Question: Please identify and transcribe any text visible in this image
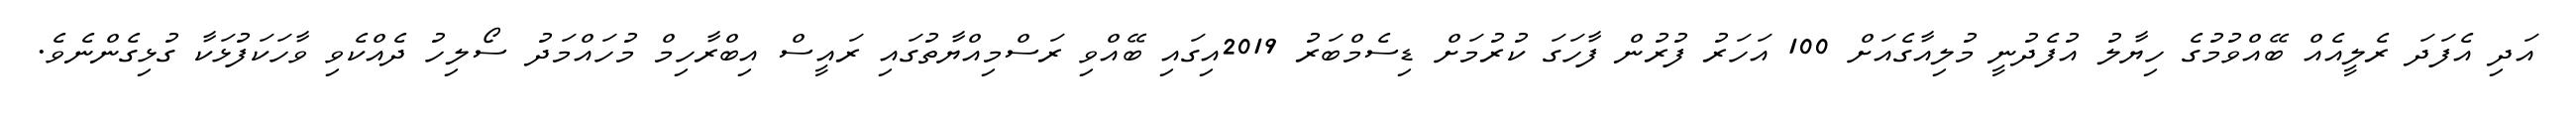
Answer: އަދި އެފަދަ ރެލީއެއް ބޭއްވުމުގެ ހިޔާލު އުފެދުނީ މުލިއާގެއަށް 100 އަހަރު ފުރުން ފާހަގަ ކުރުމަށް ޑިސެމްބަރު 2019އިގައި ބޭއްވި ރަސްމިއްޔާތުގައި ރައީސް އިބްރާހިމް މުހައްމަދު ސޯލިހު ދެއްކެވި ވާހަކަފުޅަކާ ގުޅިގެންނެވެ.